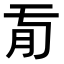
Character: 𦘼